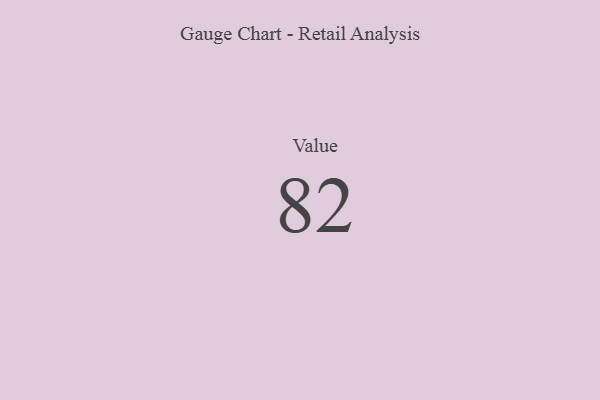
{"axis": {"x": "Metric", "y": "Value"}, "legend": [""], "data": [{"x": "Value", "y": 82, "type": ""}]}